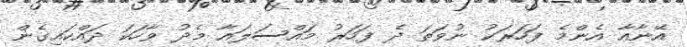
އޭނާއާ އެންމެ ފަހަރަކު ނުވަތަ ދެ ފަހަރު މައްސަލައާ މެދު ވާހަކަ ދައްކައިގެން